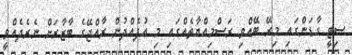
ސިޓީ ގާޑަންގައި މިރޭ ބޭއްވި ރަސްމިއްޔާތެއްގައި މި އުފެއްދުން ރާއްޖޭގެ ބާޒާރަށް ނެރެދެއްވީ